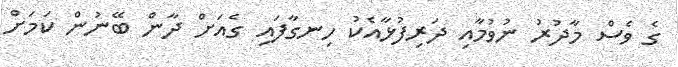
ގެ ވެސް މާދުރު ނުވުމާއި ދަރިފުޅާއެކު ހިނގާފައި ގެއަށް ދާން ބޭނުން ކަމަށް